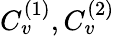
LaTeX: C_{v}^{(1)},C_{v}^{(2)}